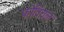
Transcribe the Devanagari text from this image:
फोवियल